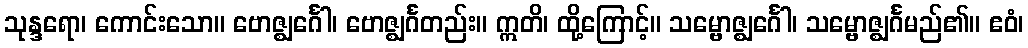
သုန္ဒရော၊ ကောင်းသော။ ဗောဇ္ဈင်္ဂေါ၊ ဗောဇ္ဈင်္ဂတည်း။ ဣတိ၊ ထို့ကြောင့်။ သမ္ဗောဇ္ဈင်္ဂေါ၊ သမ္ဗောဇ္ဈင်္ဂမည်၏။ ဧဝံ၊